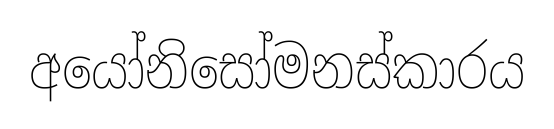
අයෝනිසෝමනස්කාරය